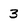
Character: 3